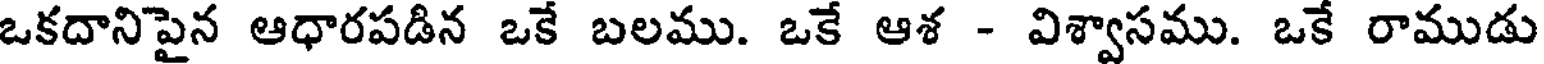
ఒకదానిపైన ఆధారపడిన ఒకే బలము. ఒకే ఆశ - విశ్వాసము. ఒకే రాముడు